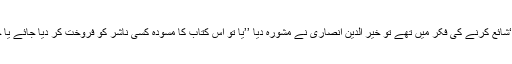
جب وہ اپنا شعری مجموعہ ’’موج موج کوثر ‘‘شائع کرنے کی فکر میں تھے تو خیر الدین انصاری نے مشورہ دیا ’’یا تو اس کتاب کا مسودہ کسی ناشر کو فروخت کر دیا جائے یا خود کتاب چھاپ کر اس کو فروخت کیا جائے۔